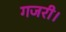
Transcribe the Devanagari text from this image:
गजरी।